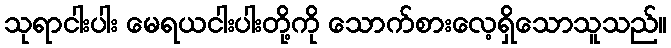
သုရာငါးပါး မေရယငါးပါးတို့ကို သောက်စားလေ့ရှိသောသူသည်။